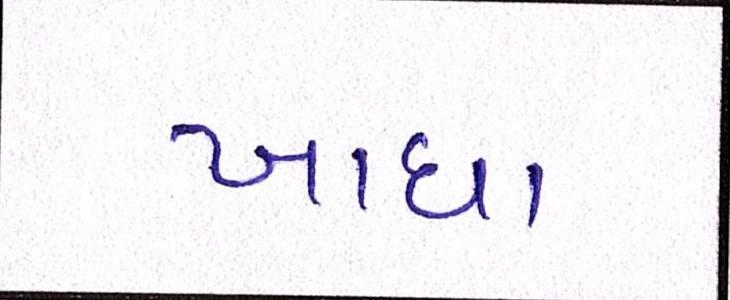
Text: ખાધા